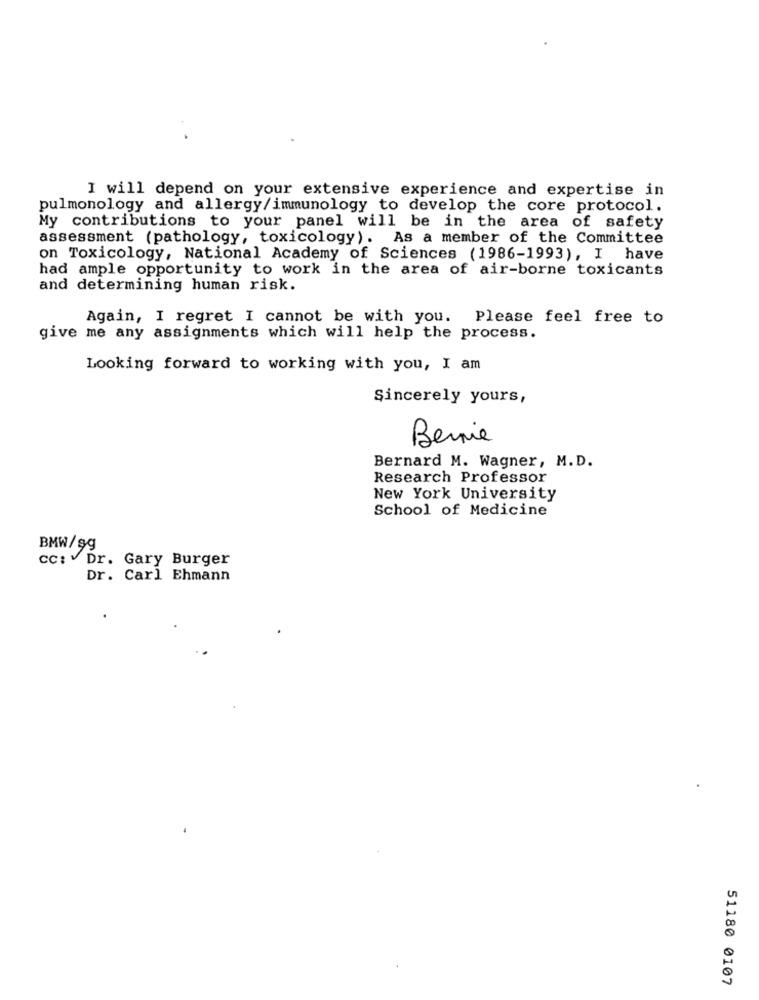
I will depend on your extensive experience and expertise in
pulmonology and allergy/immunology to develop the core protocol.
My contributions to your panel will be in the area of safety
assessment (pathology, toxicology). As a member of the Committee
on Toxicology, National Academy of Sciences (1986-1993), I have
had ample opportunity to work in the area of air-borne toxicants
and determining human risk.
Again, I regret I cannot be with you. Please feel free to
give me any assignments which will help the process.
Looking forward to working with you, I am
Sincerely yours,
Bernie
Bernard M. Wagner, M.D.
Research Professor
New York University
School of Medicine
BMW/99
cc: Dr. Gary Burger
Dr. Carl Ehmann
51180 0107